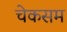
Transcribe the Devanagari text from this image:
चेकसम